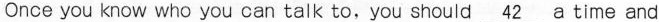
Once you know who you can talk to,you should\underline{42}a time and